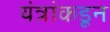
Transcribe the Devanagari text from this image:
यंत्रांकडून